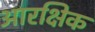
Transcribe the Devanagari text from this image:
आरक्षिक